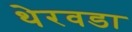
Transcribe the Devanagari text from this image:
थेरवडा